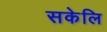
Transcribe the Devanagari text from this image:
सकेलि